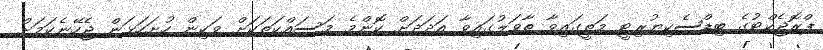
ޕްރޮޖެކްޓުގެ ބިޑްސެކިޔުރިޓީ މަތީގައިވާ ތާވަލުގައިވާ އަދަދަށް ކޮންމެ މަސައްކަތަކަށް ވަކިން ހުށަހަޅަން ޖެހޭނެކަމަށް